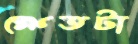
ক্ষেতটা